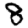
Digit: 8